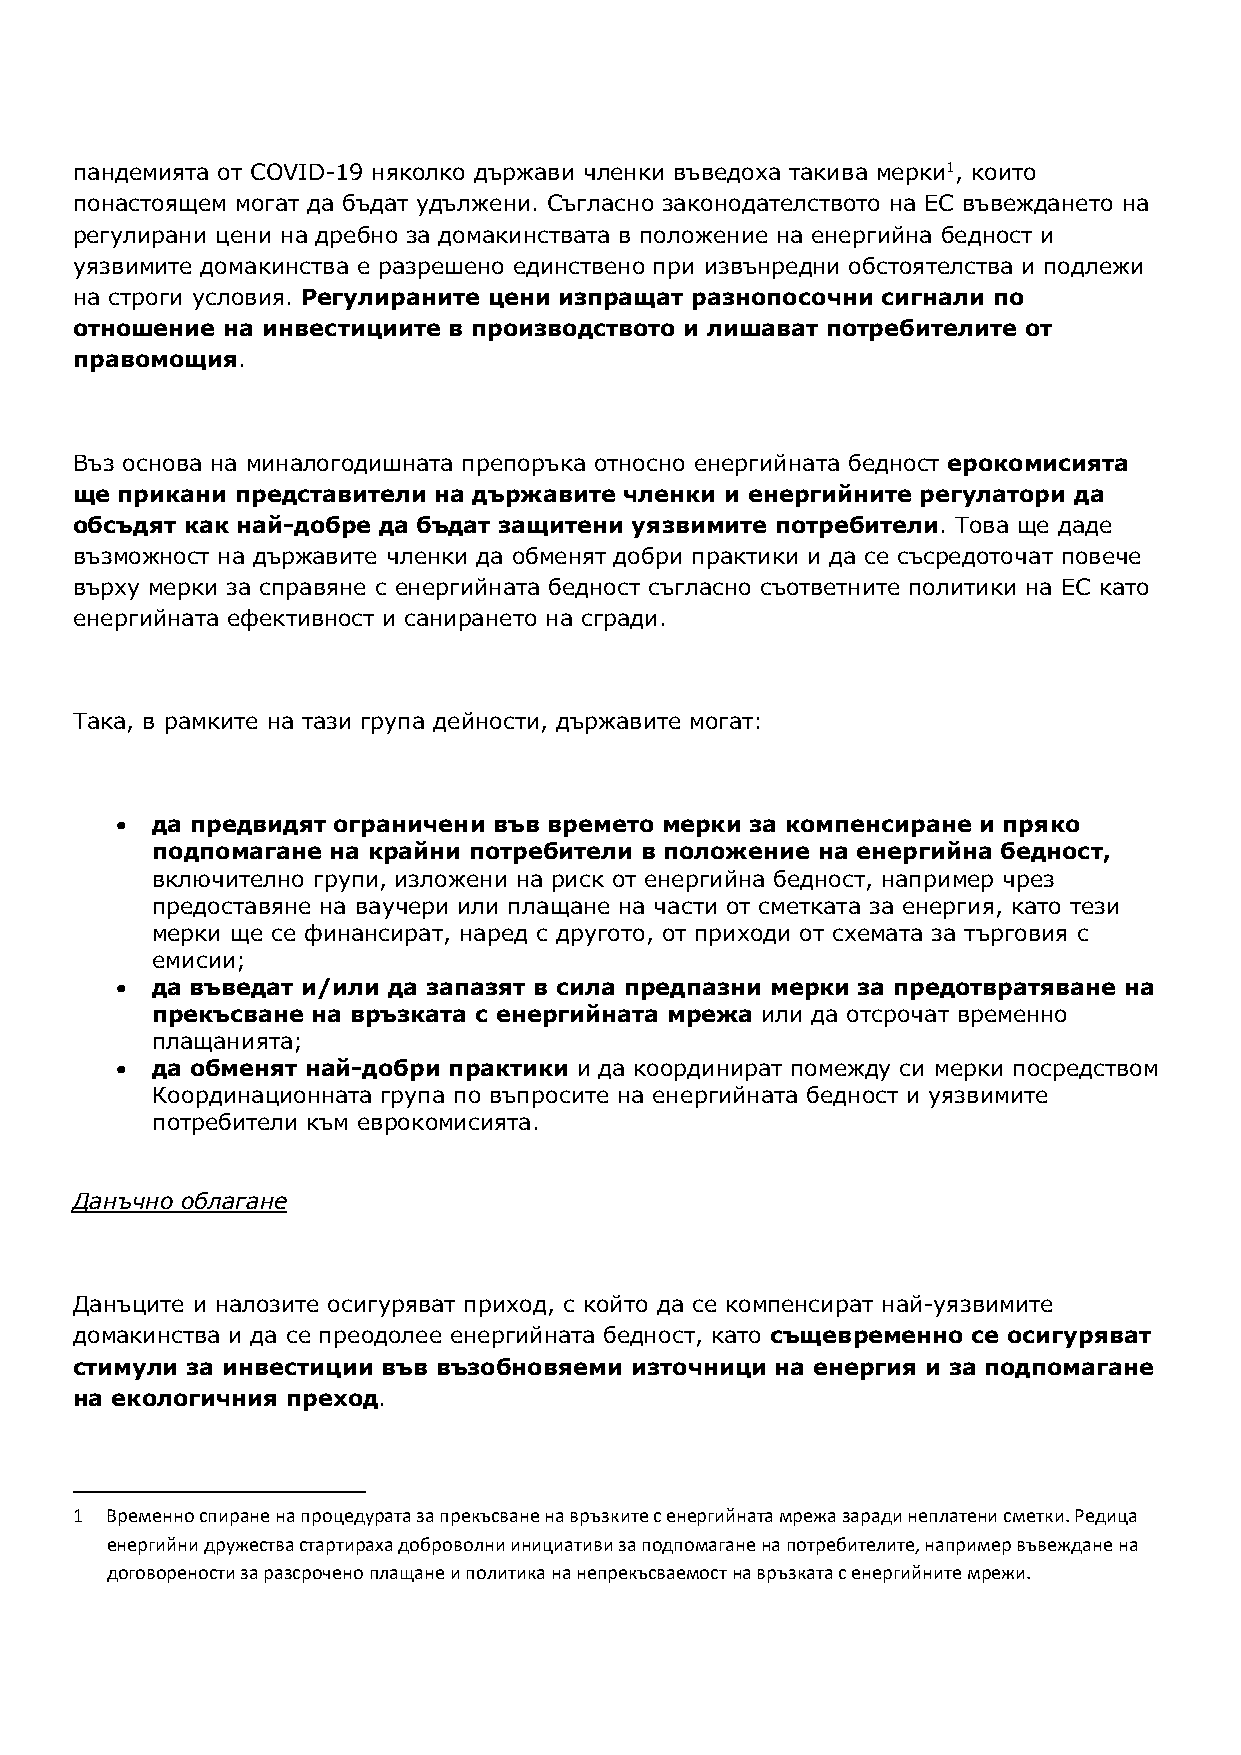
пандемията от COVID-19 няколко държави членки въведоха такива мерки1, които
 понастоящем могат да бъдат удължени. Съгласно законодателството на ЕС въвеждането на
 регулирани цени на дребно за домакинствата в положение на енергийна бедност и
 уязвимите домакинства е разрешено единствено при извънредни обстоятелства и подлежи
 на строги условия. Регулираните цени изпращат разнопосочни сигнали по
 отношение на инвестициите в производството и лишават потребителите от
 правомощия.
 Въз основа на миналогодишната препоръка относно енергийната бедност ерокомисията
 ще прикани представители на държавите членки и енергийните регулатори да
 обсъдят как най-добре да бъдат защитени уязвимите потребители. Това ще даде
 възможност на държавите членки да обменят добри практики и да се съсредоточат повече
 върху мерки за справяне с енергийната бедност съгласно съответните политики на ЕС като
 енергийната ефективност и санирането на сгради.
 Така, в рамките на тази група дейности, държавите могат:
  да предвидят ограничени във времето мерки за компенсиране и пряко
 подпомагане на крайни потребители в положение на енергийна бедност,
 включително групи, изложени на риск от енергийна бедност, например чрез
 предоставяне на ваучери или плащане на части от сметката за енергия, като тези
 мерки ще се финансират, наред с другото, от приходи от схемата за търговия с
 емисии;
  да въведат и/или да запазят в сила предпазни мерки за предотвратяване на
 прекъсване на връзката с енергийната мрежа или да отсрочат временно
 плащанията;
  да обменят най-добри практики и да координират помежду си мерки посредством
 Координационната група по въпросите на енергийната бедност и уязвимите
 потребители към еврокомисията.
 Данъчно облагане
 Данъците и налозите осигуряват приход, с който да се компенсират най-уязвимите
 домакинства и да се преодолее енергийната бедност, като същевременно се осигуряват
 стимули за инвестиции във възобновяеми източници на енергия и за подпомагане
 на екологичния преход.
 1 Временно спиране на процедурата за прекъсване на връзките с енергийната мрежа заради неплатени сметки. Редица
 енергийни дружества стартираха доброволни инициативи за подпомагане на потребителите, например въвеждане на
 договорености за разсрочено плащане и политика на непрекъсваемост на връзката с енергийните мрежи.